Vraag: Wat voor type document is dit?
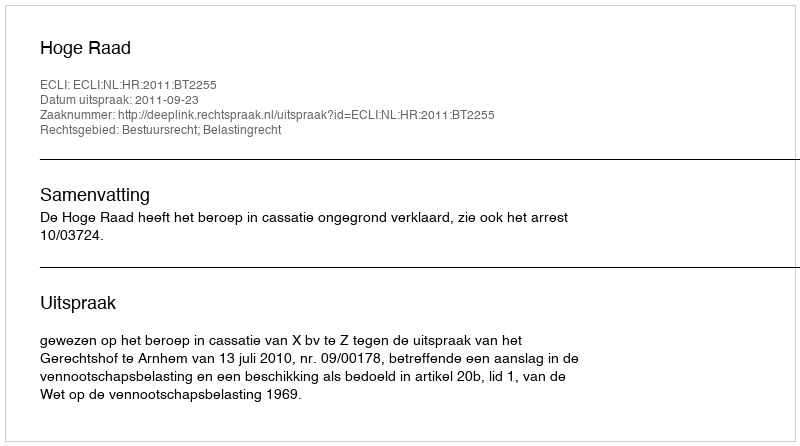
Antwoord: Uitspraak